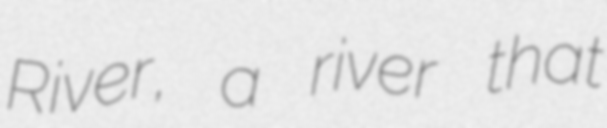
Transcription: River, a river that